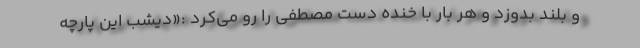
و بلند بدوزد و هر بار با خنده دست مصطفی را رو می‌کرد :«دیشب این پارچه